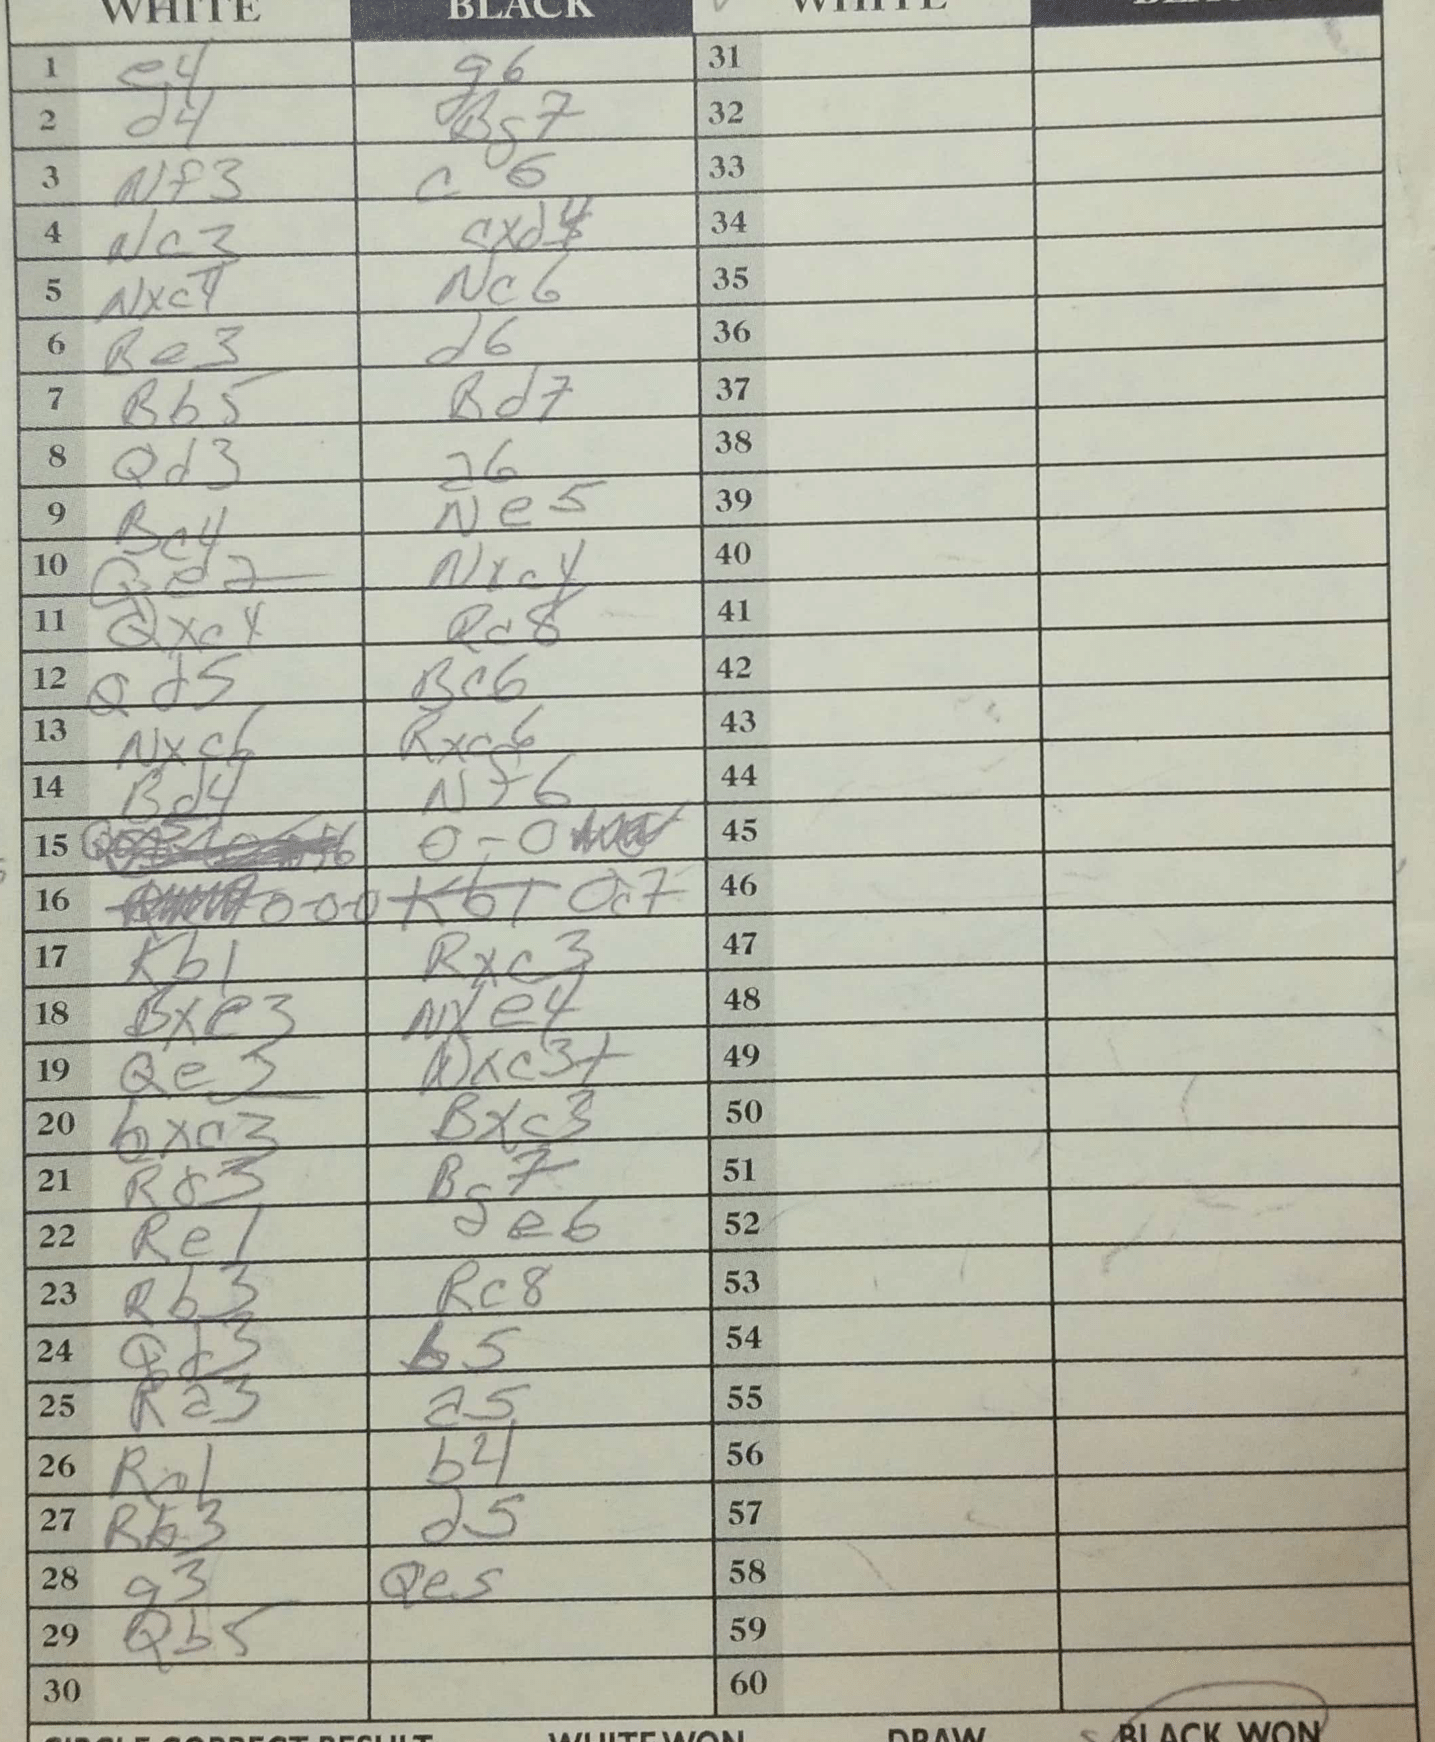
Moves: e4 g6 d4 Bg7 Nf3 c6 Nc3 cxd4 Nxc4 Nc6 Be3 d6 Bb5 Bd7 Qd3 a6 Bc4 Ne5 Qe2 Nxc4 Qxc4 Rd8 Qd5 Bc6 Nxc6 Rxc6 Bd4 Nf6 O-O O-O-O Qc7 Kb1 Rxc3 Bxe3 Nxe4 Qe3 Qxc3+ bxc3 Bxc3 Rd3 Bg7 Re1 e6 Rb3 Rc8 Qd3 b5 Ra3 a5 Rc1 b4 Rb3 d5 g3 Qe5 Qb5